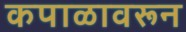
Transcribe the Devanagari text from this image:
कपाळावरून